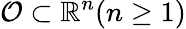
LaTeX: \mathcal{O}\subset\mathbb{R}^{n}(n\geq 1)